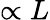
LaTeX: \propto L